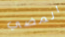
المضي